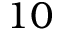
1 0